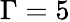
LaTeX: \Gamma=5